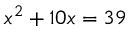
x ^ { 2 } + 1 0 x = 3 9